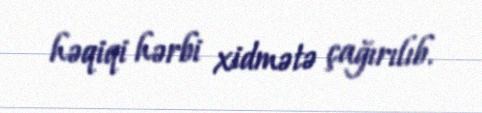
həqiqi hərbi xidmətə çağırılıb.